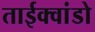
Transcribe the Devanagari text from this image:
ताईक्वांडो